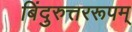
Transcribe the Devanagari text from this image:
बिंदुरुत्तररूपम्